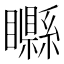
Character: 𥌭